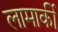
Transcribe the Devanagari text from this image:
लामार्की